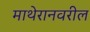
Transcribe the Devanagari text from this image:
माथेरानवरील